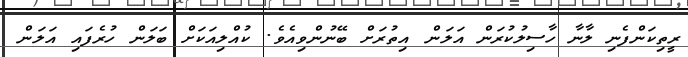
ރީތިކަންފެނި ލާނާ ހާސިލުކުރަން އަލަން އިތުރަށް ބޭނުންވިއެވެ. ކުއްލިއަކަށް ބަލަން ހުރެފައި އަލަން